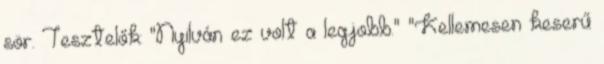
sör. Tesztelők: "Nyilván ez volt a legjobb." "Kellemesen keserű